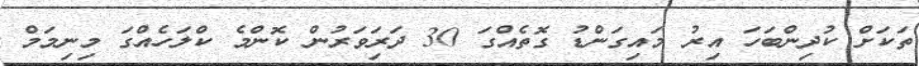
ތަކަށް ކުދިންބަހަ އިރު މައިގަންޑު ގޮތެއްގަ 30 ދަރަިވަރުން ކޮންމެ ކްލަހެއްގަ މިނިމަމް